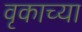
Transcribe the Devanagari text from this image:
वृकाच्या